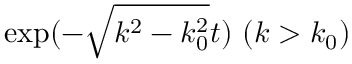
\mathrm { e x p } ( - \sqrt { k ^ { 2 } - k _ { 0 } ^ { 2 } } t ) \ ( k > k _ { 0 } )